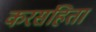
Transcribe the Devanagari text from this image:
करसंहिता